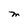
Character: M